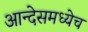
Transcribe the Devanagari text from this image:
आन्देसमध्येच